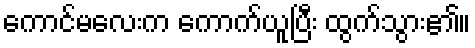
ကောင်မလေးက ကောက်ယူပြီး ထွက်သွား၏။